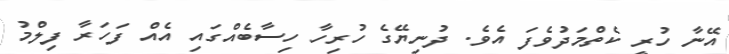
އޭނާ ހުރީ ކެތްމަދުވެފަ އެވެ. ދުނިޔޭގެ ހުރިހާ ހިސާބެއްގައި އެއް ފަހަރާ ފިލްމު